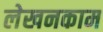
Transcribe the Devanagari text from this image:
लेखनकाम